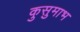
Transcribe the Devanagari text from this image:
कुसुमाभ